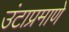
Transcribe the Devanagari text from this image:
उंटाप्रमाणे